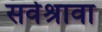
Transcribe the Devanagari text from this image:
सर्वेश्रावा